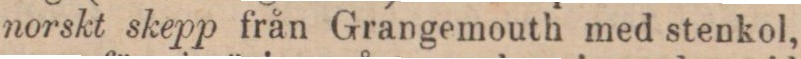
norskt skepp från Grangemouth med stenkol,